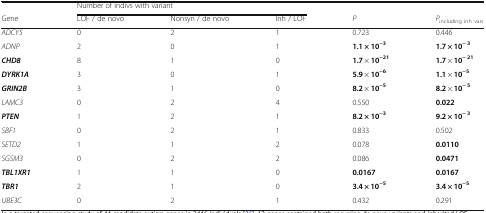
<table><thead><tr><td></td><td colspan="3"><b>Number of indivs with variant</b></td><td colspan="2"></td></tr><tr><td><b>Gene</b></td><td><b>LOF / de novo</b></td><td><b>Nonsyn / de novo</b></td><td><b>Inh / LOF</b></td><td><b><i>P</i></b></td><td><b><i>P</i><sub>including inh vars</sub></b></td></tr></thead><tbody><tr><td><i>ADCY5</i></td><td>0</td><td>2</td><td>1</td><td>0.723</td><td>0.446</td></tr><tr><td><i>ADNP</i></td><td>2</td><td>0</td><td>1</td><td><b>1.1 × 10</b><sup><b>−3</b></sup></td><td><b>1.7 × 10</b><sup><b>− 3</b></sup></td></tr><tr><td><b><i>CHD8</i></b></td><td>8</td><td>1</td><td>0</td><td><b>1.7</b> × <b>10</b><sup><b>−21</b></sup></td><td><b>1.7</b> × <b>10</b><sup><b>− 21</b></sup></td></tr><tr><td><b><i>DYRK1A</i></b></td><td>3</td><td>0</td><td>1</td><td><b>5.9</b> × <b>10</b><sup><b>−6</b></sup></td><td><b>1.1</b> × <b>10</b><sup><b>−5</b></sup></td></tr><tr><td><b><i>GRIN2B</i></b></td><td>3</td><td>1</td><td>0</td><td><b>8.2</b> × <b>10</b><sup><b>−5</b></sup></td><td><b>8.2</b> × <b>10</b><sup><b>− 5</b></sup></td></tr><tr><td><i>LAMC3</i></td><td>0</td><td>2</td><td>4</td><td>0.550</td><td><b>0.022</b></td></tr><tr><td><b><i>PTEN</i></b></td><td>1</td><td>2</td><td>1</td><td><b>8.2 × 10</b><sup><b>−3</b></sup></td><td><b>9.2 × 10</b><sup><b>− 3</b></sup></td></tr><tr><td><i>SBF1</i></td><td>0</td><td>2</td><td>1</td><td>0.833</td><td>0.502</td></tr><tr><td><i>SETD2</i></td><td>1</td><td>1</td><td>2</td><td>0.078</td><td><b>0.0110</b></td></tr><tr><td><i>SGSM3</i></td><td>0</td><td>2</td><td>2</td><td>0.086</td><td><b>0.0471</b></td></tr><tr><td><b><i>TBL1XR1</i></b></td><td>1</td><td>1</td><td>0</td><td><b>0.0167</b></td><td><b>0.0167</b></td></tr><tr><td><b><i>TBR1</i></b></td><td>2</td><td>1</td><td>0</td><td><b>3.4 × 10</b><sup><b>−5</b></sup></td><td><b>3.4 × 10</b><sup><b>−5</b></sup></td></tr><tr><td><i>UBE3C</i></td><td>0</td><td>2</td><td>1</td><td>0.432</td><td>0.291</td></tr></tbody></table>